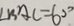
\angle B A C = 6 0 ^ { \circ }